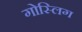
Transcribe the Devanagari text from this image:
गोस्लिग